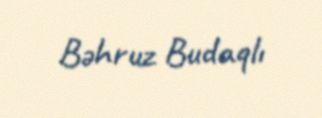
Bəhruz Budaqlı